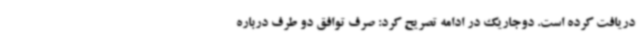
دریافت کرده است. دوجاریک در ادامه تصریح کرد: صرف توافق دو طرف درباره